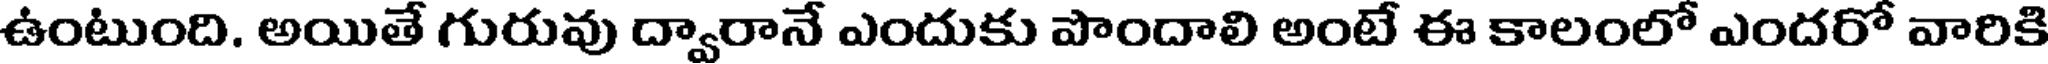
ఉంటుంది. అయితే గురువు ద్వారానే ఎందుకు పొందాలి అంటే ఈ కాలంలో ఎందరో వారికి